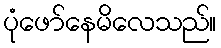
ပုံဖော်နေမိလေသည်။